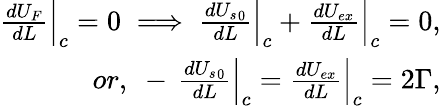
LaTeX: \begin{array}{r}{\frac{dU_{F}}{dL}\Big|_{c}=0\implies\frac{d{U_{s}}_{0}}{dL}\Big|_{c}+\frac{dU_{ex}}{dL}\Big|_{c}=0,}\\ {or,~-\, \frac{d{U_{s}}_{0}}{dL}\Big|_{c}=\frac{dU_{ex}}{dL}\Big|_{c}=2\Gamma,}\end{array}